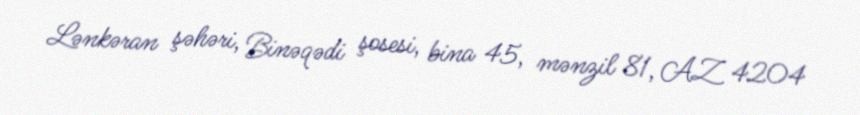
Lənkəran şəhəri, Binəqədi şosesi, bina 45, mənzil 81, AZ 4204